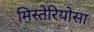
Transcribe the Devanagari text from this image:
मिस्तेरियोसा